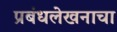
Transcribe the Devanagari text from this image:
प्रबंधलेखनाचा